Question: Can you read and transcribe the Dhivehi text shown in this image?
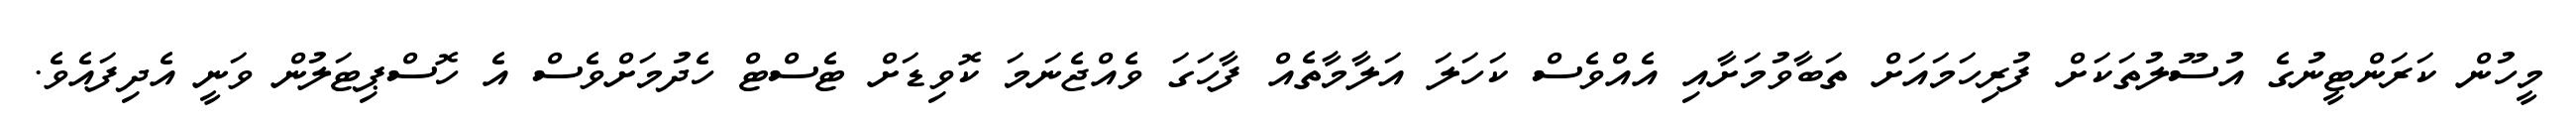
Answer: މީހުން ކަރަންޓީނުގެ އުސޫލުތަކަށް ފުރިހަމައަށް ތަބާވުމަށާއި އެއްވެސް ކަހަލަ އަލާމާތެއް ފާހަގަ ވެއްޖެނަމަ ކޮވިޑަށް ޓެސްޓް ހެދުމަށްވެސް އެ ހޮސްޕިޓަލުން ވަނީ އެދިފައެވެ.